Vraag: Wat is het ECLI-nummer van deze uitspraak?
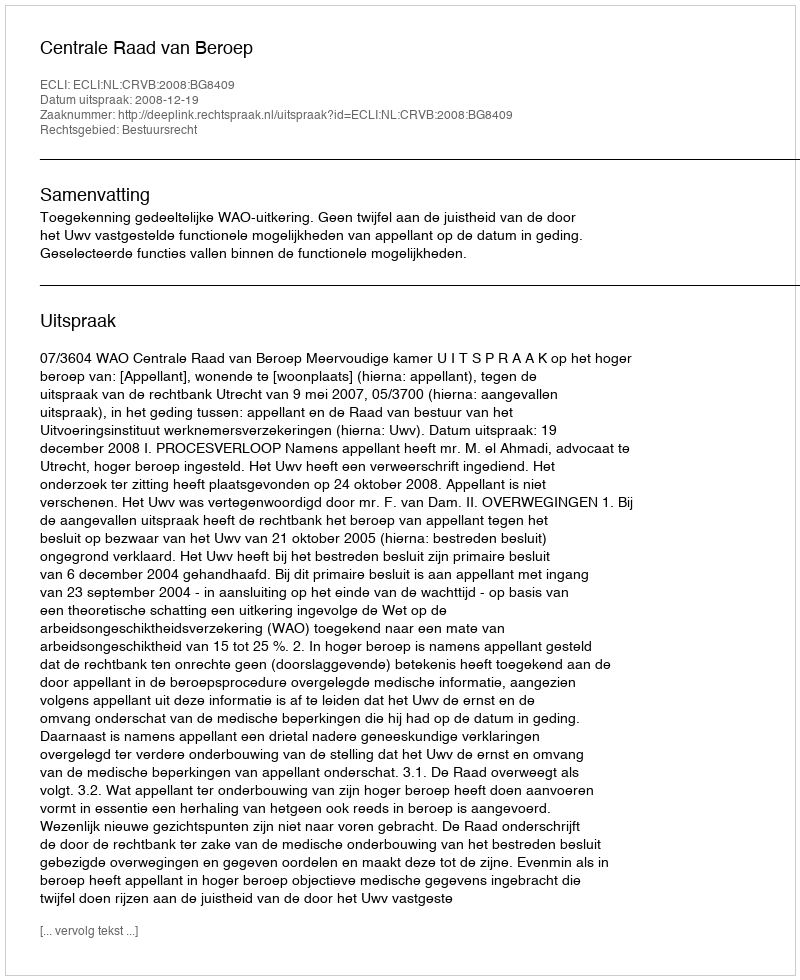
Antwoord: ECLI:NL:CRVB:2008:BG8409